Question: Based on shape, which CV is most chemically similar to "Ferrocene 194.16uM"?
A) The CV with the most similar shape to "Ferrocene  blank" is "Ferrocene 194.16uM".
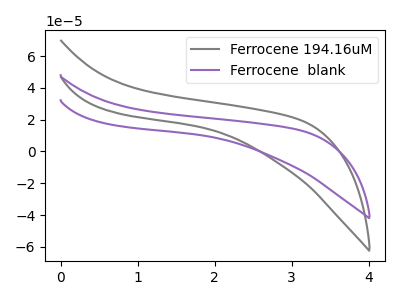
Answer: <think>The gray curve "Ferrocene 194.16uM" has no peaks. The purple curve "Ferrocene  blank" has no peaks.
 Neither "Ferrocene 194.16uM" or "Ferrocene  blank" have any peaks.</think>
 <answer>A) The CV with the most similar shape to "Ferrocene  blank" is "Ferrocene 194.16uM".</answer>
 <eval>A</eval>